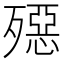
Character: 𣩤